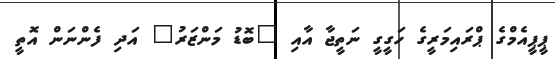
ޕީޕީއެމްގެ ޕްރައިމަރީގެ ހަގީގީ ނަތީޖާ އާއި "ބޮޑު މަންޒަރު" އަދި ފެންނަން އޮތީ